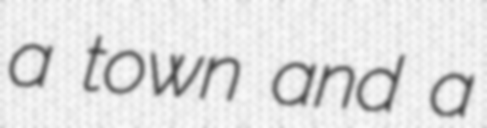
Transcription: a town and a